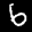
Label: 6